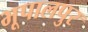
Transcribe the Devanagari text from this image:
भूपालपुर